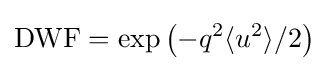
{\text{DWF}}=\exp \left(-q^{2}\langle u^{2}\rangle /2\right)